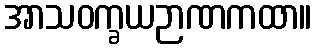
အာသဝက္ခယဉာဏကထာ။